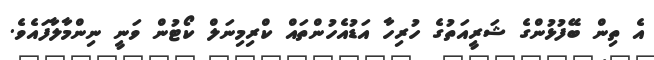
އެ ތިން ބޭފުޅުންގެ ޝަރީއަތުގެ ހުރިހާ އަޑުއެހުންތައް ކްރިމިނަލް ކޯޓުން ވަނީ ނިންމާލާފައެވެ.